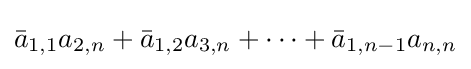
{\bar {a}}_{1,1}a_{2,n}+{\bar {a}}_{1,2}a_{3,n}+\cdots +{\bar {a}}_{1,n-1}a_{n,n}